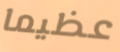
عظيما